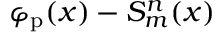
\varphi _ { \mathrm { p } } ( x ) - S _ { m } ^ { n } ( x )